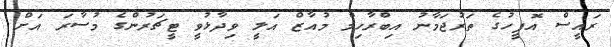
ރައީސް އޮފީހުގެ ތަރުޖަމާނު އިބްރާހިމް މުއާޒް އަލީ ވިދާޅުވީ ޓީޗަރުންގެ މުސާރަ އަށް